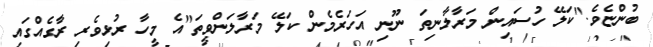
ބުންޏެވެ."ކަލޭ ހުސައިން މަރާލާނިތަ ނޫނި އަހަރެމެން ކަލޭ މަރާލަންވީތަ"އެ މީހާ ރުޅިވެރި ރާގެއްގައި